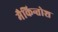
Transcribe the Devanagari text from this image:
मैकिन्तोश